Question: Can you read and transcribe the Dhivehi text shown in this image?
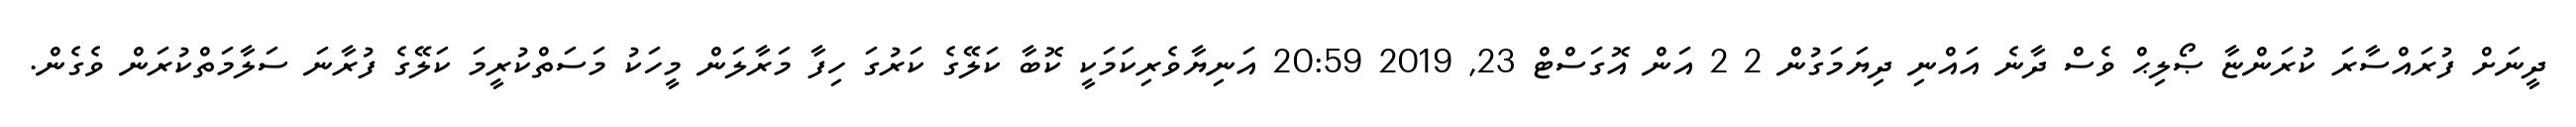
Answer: ދީނަށް ފުރައްސާރަ ކުރަންޏާ ޞޯލިޙް ވެސް ދާނެ އައްނި ދިޔަމަގުން 2 2 އަން އޮގަސްޓް 23, 2019 20:59 އަނިޔާވެރިކަމަކީ ކޮބާ ކަލޭގެ ކަރުގަ ހިފާ މަރާލަން މީހަކު މަސަތްކުރީމަ ކަލޭގެ ފުރާނަ ސަލާމަތްކުރަން ވެގެން.